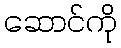
ဆောင်ကို